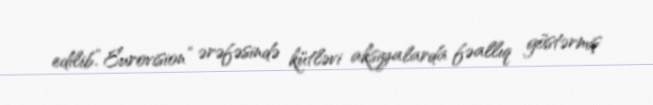
edilib.“Eurovision” ərəfəsində kütləvi aksiyalarda fəallıq göstərmiş